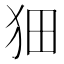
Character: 𤝗